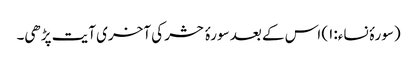
(سورۂ نساء:۱) اس کے بعد سورۂ حشر کی آخری آیت پڑھی۔